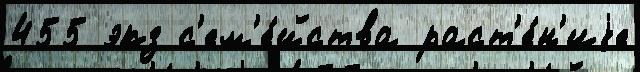
455 экз с'ем'е́йства раст'е́н'иjе